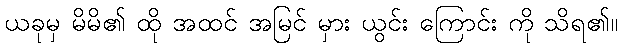
ယခုမှ မိမိ၏ ထို အထင် အမြင် မှား ယွင်း ကြောင်း ကို သိရ၏။